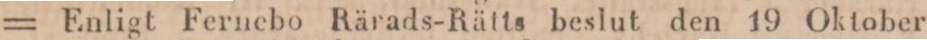
= Enligt Fernebo Rärads-Rätts beslut den 19 Oktober